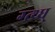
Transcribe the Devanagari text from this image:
ग्त्थ्ध्